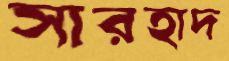
সারহাদ